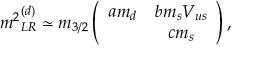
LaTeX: { m ^ { 2 } } _ { L R } ^ { ( d ) } \simeq m _ { 3 / 2 } \left( \begin{array} { c c } { { a m _ { d } } } & { { b m _ { s } V _ { u s } } } \\ { { } } & { { c m _ { s } } } \end{array} \right) ,